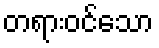
တရားဝင်သော